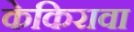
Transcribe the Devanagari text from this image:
केकिरावा